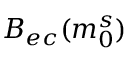
B _ { e c } ( m _ { 0 } ^ { s } )